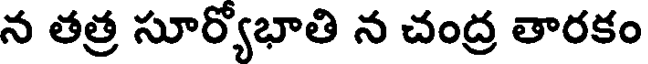
న తత్ర సూర్యోభాతి న చంద్ర తారకం